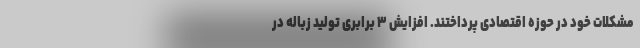
مشکلات خود در حوزه اقتصادی پرداختند. افزایش ۳ برابری تولید زباله در